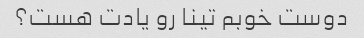
دوست خوبم تینا رو یادت هست؟